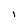
Character: i